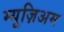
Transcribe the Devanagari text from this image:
म्यूज़िअम